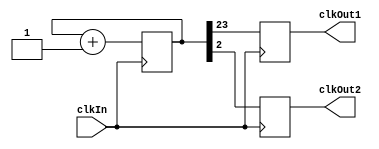
`timescale 1ns / 1ps
//////////////////////////////////////////////////////////////////////////////////
// University: Universidad Nacional de Colombia
// Students: Christian Camilo Cuestas Ibanez
// 
// Module Name:     divFrec
// Project Name:  Proyecto Digital I: Reloj de Ajedrez
// Target Devices: Nexys 4
// Description:
//
//////////////////////////////////////////////////////////////////////////////////
module divFrec (
	input clkIn,
	output clkOut1,
	output clkOut2
    );

reg [23:0] counter;

reg cnt1;
reg cnt2;

always @(negedge clkIn) begin
	cnt1 = counter [23]; //Periodo de 10ms, Frecuencia de 100Hz
	cnt2 = counter [2]; 	//Periodo de 40ns, Frecuencia de 25MHz
end

always @(posedge clkIn) begin
	counter <= counter + 1'b1;
end

assign clkOut1 = cnt1;
assign clkOut2 = cnt2;

endmodule